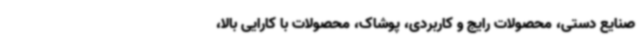
صنایع دستی، محصولات رایج و کاربردی، پوشاک، محصولات با کارایی بالا،